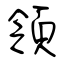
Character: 領